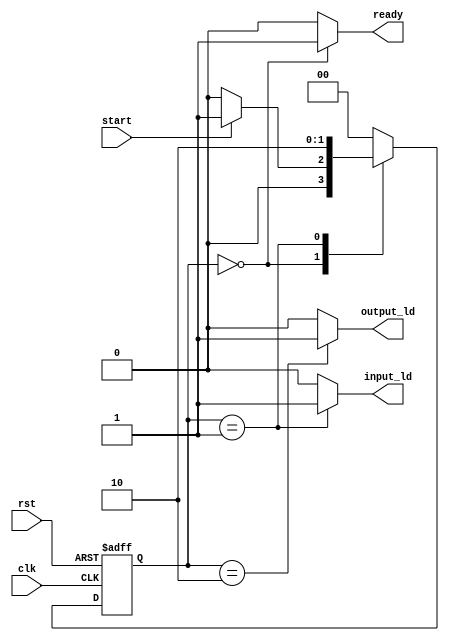
`timescale 1ns/1ns
module PermuteCU (
    clk,
    rst,
    start,

    ready,
    input_ld,
    output_ld
);  
    input clk, rst;
    input start;

    output reg ready;
    output reg input_ld, output_ld;

    parameter [1:0] 
        Start = 2'd0,
        Read = 2'd1,
        Write = 2'd2;

    reg [1:0] ps, ns;

    always @(ps, start) begin
        case (ps)
            Start:  ns = start ? Read : Start;
            Read:   ns = Write;
            Write:  ns = Start;
            default: ns = Start;
        endcase
    end

    always @(ps) begin
        {ready, input_ld, output_ld} = 0;
        case (ps)
            Start:      begin
                ready = 1'b1;
            end
            Read:       begin
                input_ld = 1'b1;
            end
            Write: begin
                output_ld = 1'b1;
            end 
        endcase
    end

    always @(posedge clk, posedge rst) begin
        if(rst)
            ps <= Start;
        else
            ps <= ns;
    end


endmodule